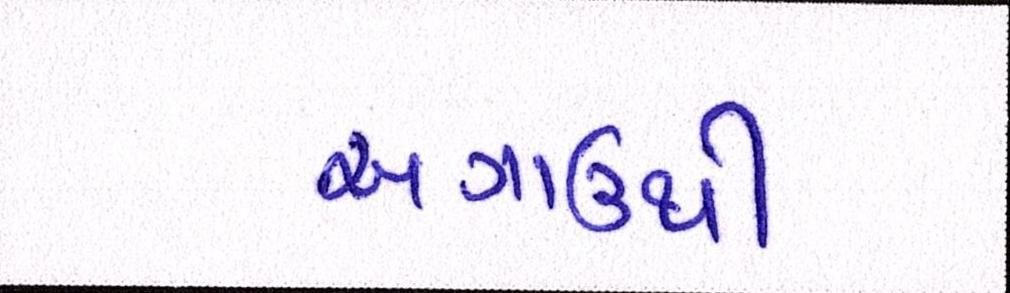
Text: અગાઉથી